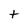
Character: t